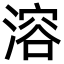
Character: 溶